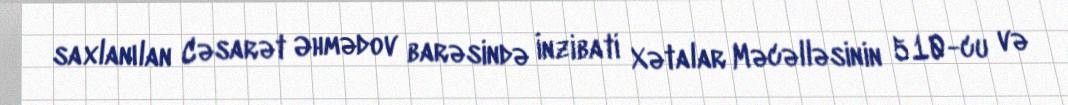
saxlanılan Cəsarət Əhmədov barəsində İnzibati Xətalar Məcəlləsinin 510-cu və